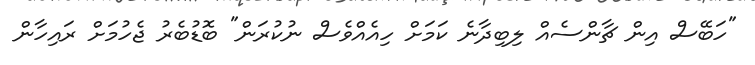
"ހަބޭސް އިން ޗާންސެއް ލިބިދާނެ ކަމަށް ހިއެއްވެސް ނުކުރަން" ބޮޑުބެރު ޖެހުމަށް ރައިހާން